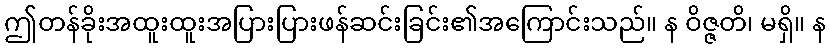
ဤတန်ခိုးအထူးထူးအပြားပြားဖန်ဆင်းခြင်း၏အကြောင်းသည်။ န ဝိဇ္ဇတိ၊ မရှိ။ န